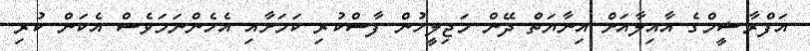
އަފްރާޝީމްގެ އާއިލާއަށް އިނާޔަތް ދޭން މަޖިލީހުން ފާސްކުރި ކަމަށާއި އެހެންނަމަވެސް އެކަން ކުރި